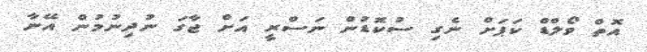
އޮތް ވޯލްޑް ކަޕަށް ނެގި ސުކޮޑުން ނަސްރީ އަށް ޖާގަ ނުދިނުމުން އޭނާ